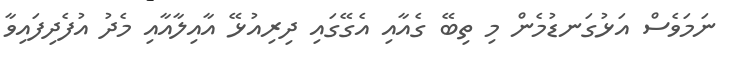
ނަމަވެސް އަޅުގަނޑުމެން މި ތިބޭ ގެއާއި އެގޭގައި ދިރިއުޅޭ އާއިލާއާއި މެދު އުފެދިފައިވާ